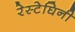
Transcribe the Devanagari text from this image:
रेस्टेघिनी